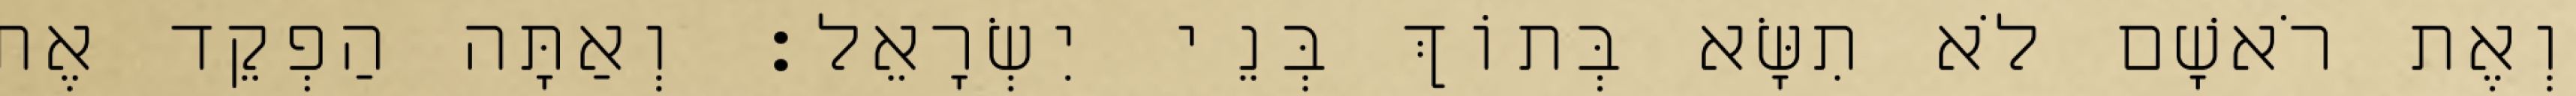
וְאֶת רֹאשָׁם לֹא תִשָּׂא בְּתוֹךְ בְּנֵי יִשְׂרָאֵל׃ וְאַתָּה הַפְקֵד אֶת